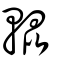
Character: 輥